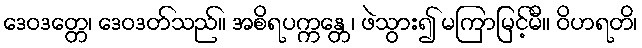
ဒေဝဒတ္တေ၊ ဒေဝဒတ်သည်။ အစိရပက္ကန္တေ၊ ဖဲသွား၍ မကြာမြင့်မီ။ ဝိဟရတိ၊